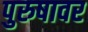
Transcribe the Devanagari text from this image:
पुरुषावर